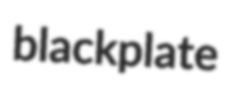
blackplate